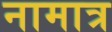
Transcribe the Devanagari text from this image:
नामात्र